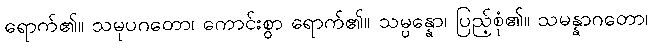
ရောက်၏။ သမုပဂတော၊ ကောင်းစွာ ရောက်၏။ သမ္ပန္နော၊ ပြည့်စုံ၏။ သမန္နာဂတော၊